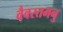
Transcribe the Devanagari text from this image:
वैवस्तमनु